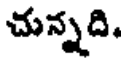
చున్నది.